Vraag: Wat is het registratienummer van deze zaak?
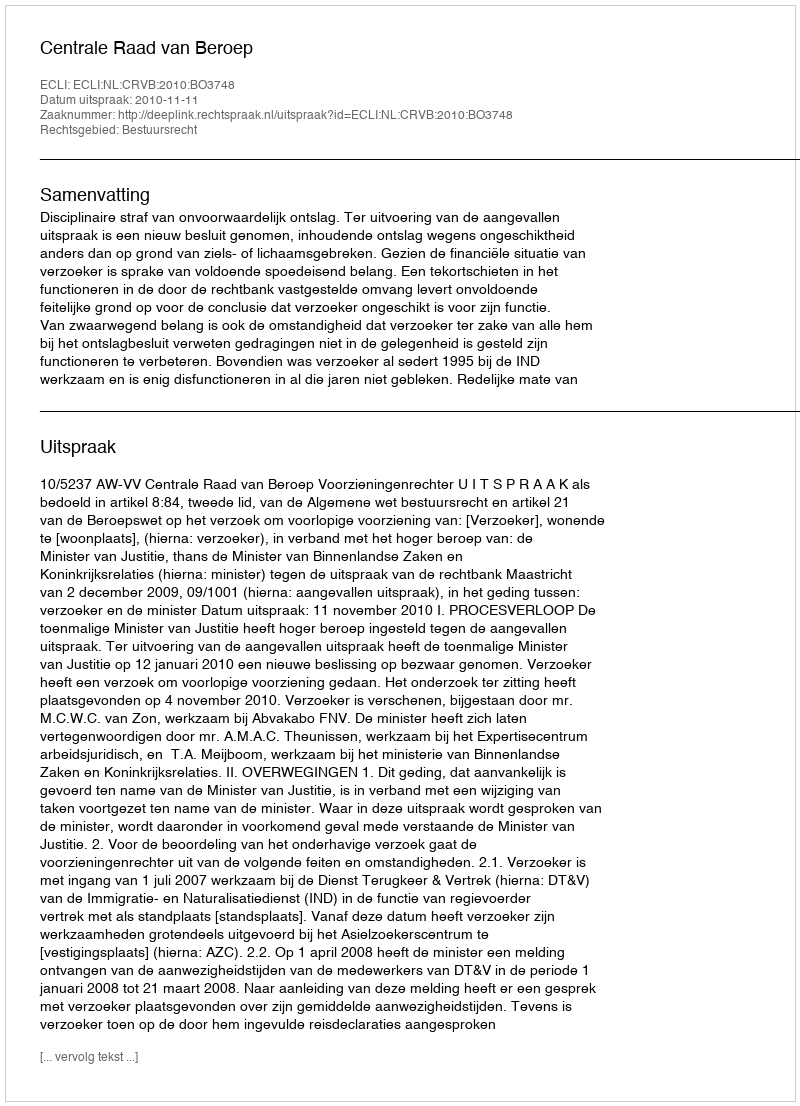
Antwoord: http://deeplink.rechtspraak.nl/uitspraak?id=ECLI:NL:CRVB:2010:BO3748